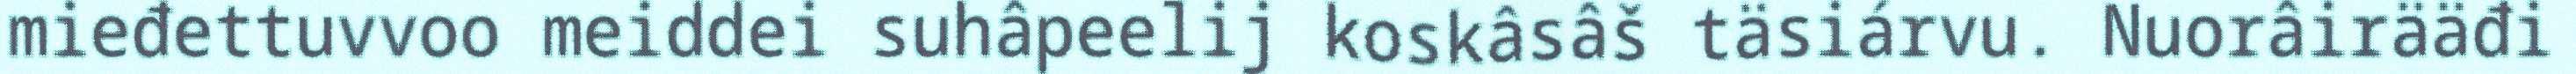
mieđettuvvoo meiddei suhâpeelij koskâsâš täsiárvu. Nuorâirääđi